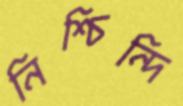
নিশ্চিন্দি